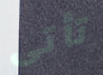
تأتى